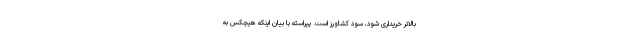
بالاتر خریداری شود، سود کشاورز است. پیراسته با بیان اینکه هیچکس به